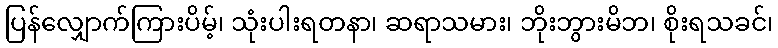
ပြန်လျှောက်ကြားပိမ့်၊ သုံးပါးရတနာ၊ ဆရာသမား၊ ဘိုးဘွားမိဘ၊ စိုးရသခင်၊